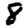
Digit: 8